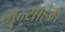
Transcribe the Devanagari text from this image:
मुन्याहेम